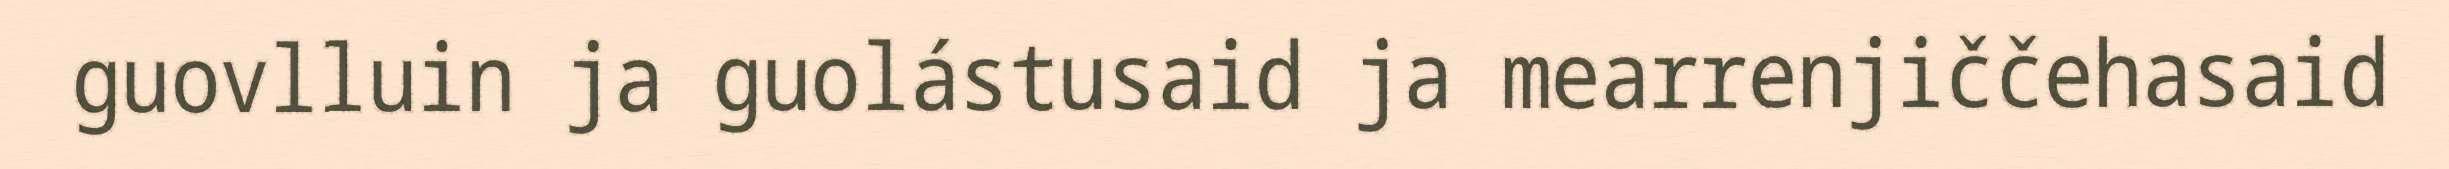
guovlluin ja guolástusaid ja mearrenjiččehasaid